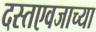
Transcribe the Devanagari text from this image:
दस्तएवजाच्या